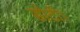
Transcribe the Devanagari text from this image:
डोटी।